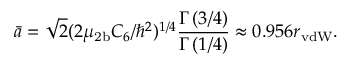
\Bar { a } = \sqrt { 2 } ( 2 \mu _ { \mathrm { 2 b } } C _ { 6 } / \hbar ^ { 2 } ) ^ { 1 / 4 } \frac { \Gamma \left( 3 / 4 \right) } { \Gamma \left( 1 / 4 \right) } \approx 0 . 9 5 6 r _ { \mathrm { v d W } } .